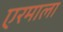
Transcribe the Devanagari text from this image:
एरमाला